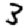
Digit: 3